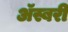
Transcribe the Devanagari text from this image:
ॲस्बरी